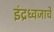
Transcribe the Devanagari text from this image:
इंद्रध्वजाचे